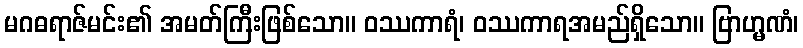
မဂဓရာဇ်မင်း၏ အမတ်ကြီးဖြစ်သော။ ဝဿကာရံ၊ ဝဿကာရအမည်ရှိသော။ ဗြာဟ္မဏံ၊